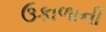
ઉકાળાની